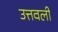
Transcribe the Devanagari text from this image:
उत्तवली